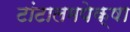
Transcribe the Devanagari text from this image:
टांटालमपेक्षा